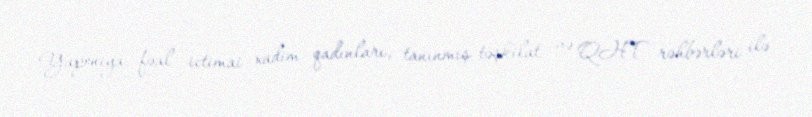
Yaponiya fəal ictimai xadim qadınları, tanınmış təşkilat və QHT rəhbərləri ilə